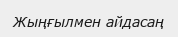
Жыңғылмен айдасаң